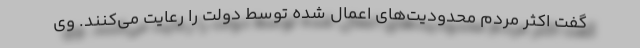
گفت اکثر مردم محدودیت‌های اعمال شده توسط دولت را رعایت می‌کنند. وی